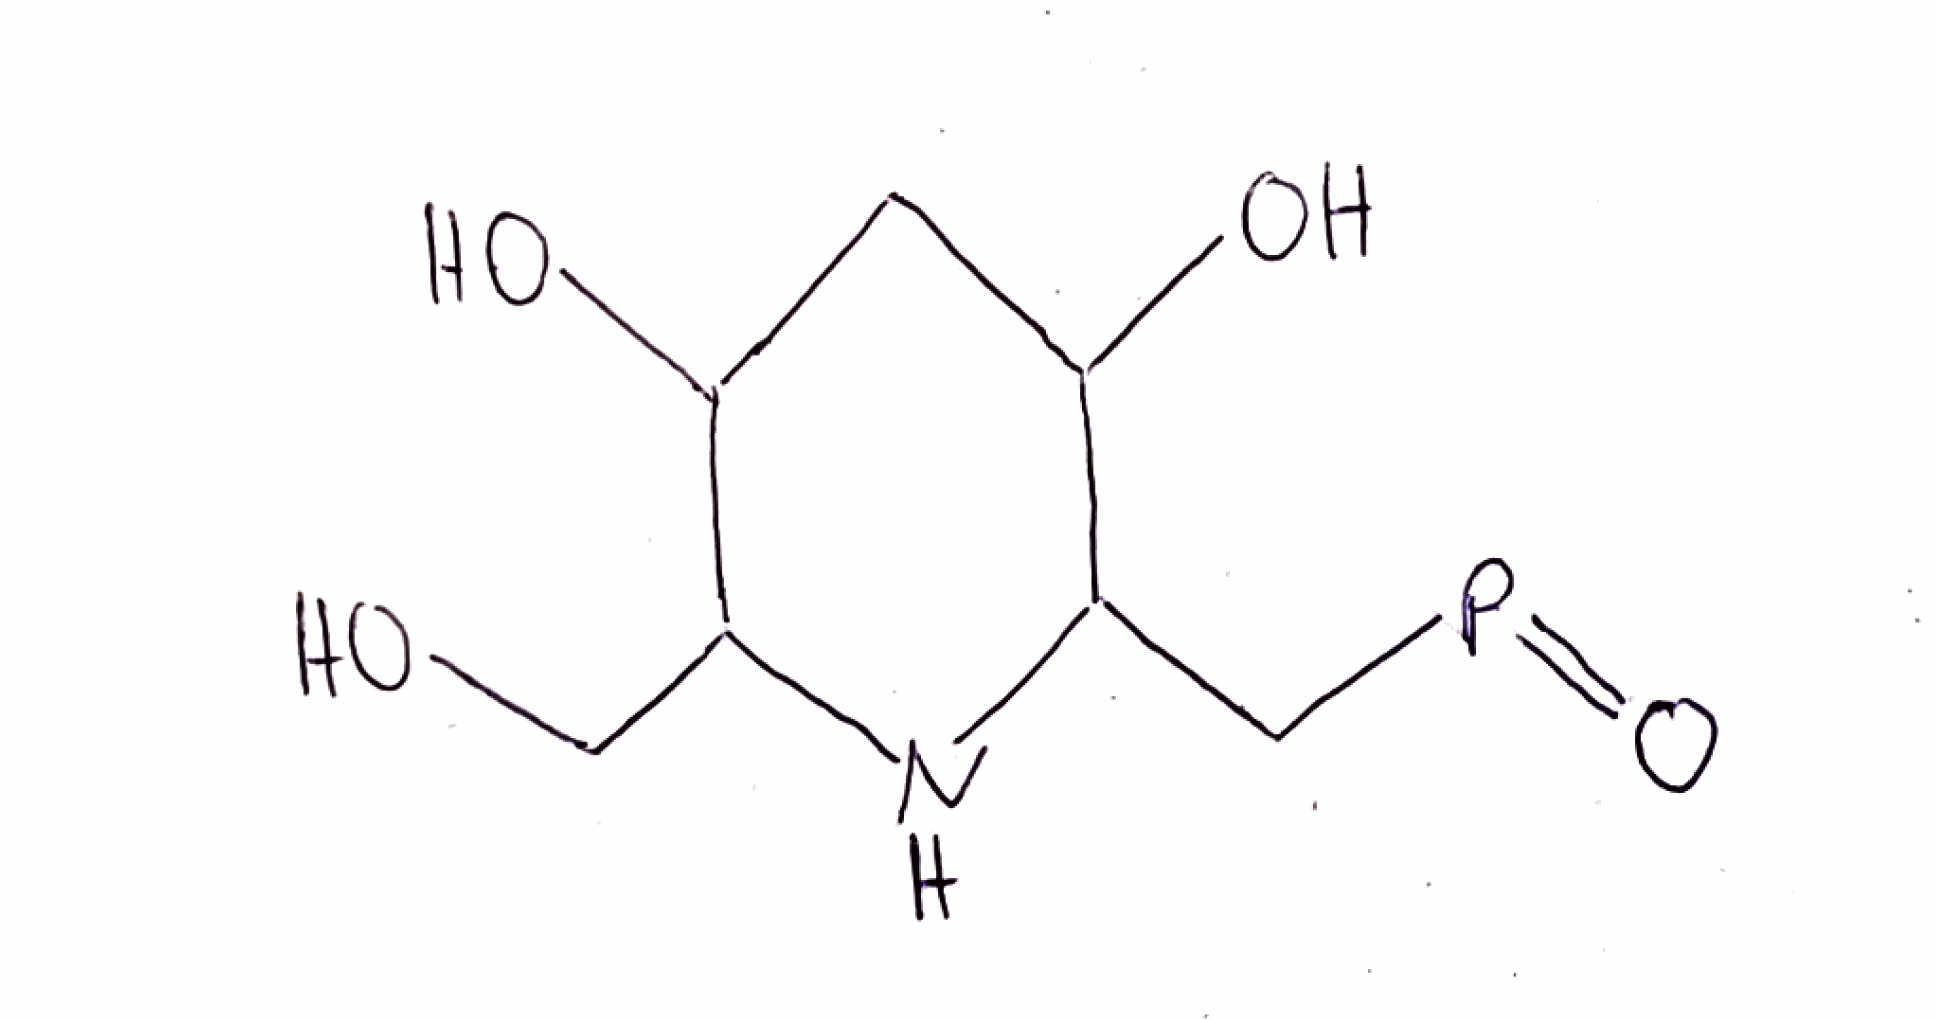
Simplified molecular-input line-entry system (SMILES) notation of the given molecule:
C1C(C(NC(C1O)CP=O)CO)O